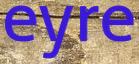
eyre